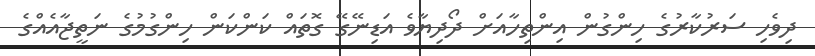
ދިވެހި ސަރުކާރުގެ ހިންގުން އިންތިހާއަށް ދޯދިޔާވެ އަޑިނޭގޭ ގޮތައް ކަންކަން ހިންގުމުގެ ނަތީޖާއެއްގެ